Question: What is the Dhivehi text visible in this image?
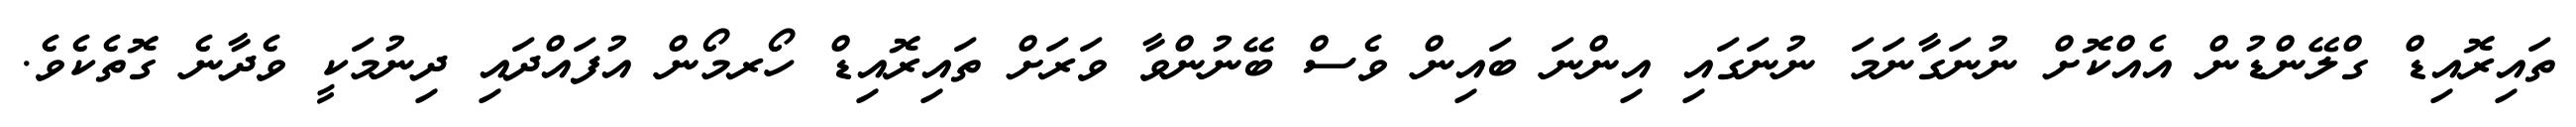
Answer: ތައިރޮއިޑް ގްލޭންޑުން އެއްކޮށް ނުނަގާނަމަ ނުނަގައި އިންނަ ބައިން ވެސް ބޭނުންވާ ވަރަށް ތައިރޮއިޑް ހޯރމޯން އުފައްދައި ދިނުމަކީ ވެދާނެ ގޮތެކެވެ.